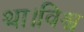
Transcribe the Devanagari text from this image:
था।विश्व